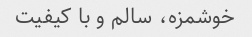
خوشمزه، سالم و با کیفیت